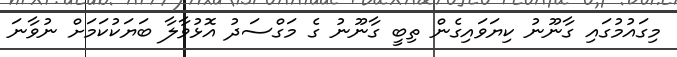
މިގައުމުގައި ގާނޫނު ކިޔަވައިގެން ތިބީ ގާނޫނު ގެ މަގްސަދު އޮޅުވާލާ ބަޔަކުކަމަށް ނުވާނަ